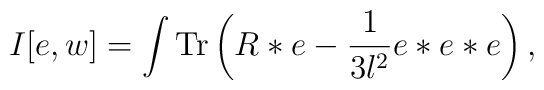
I[e,w] = \int \mbox{Tr} \left( R * e - {1 \over 3l^2} e*e*e \right),